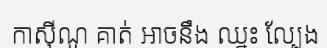
កាស៊ីណូ គាត់ អាចនឹង ឈ្នះ ល្បែង